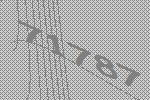
71787